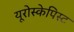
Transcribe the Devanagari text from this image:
यूरोस्केपिस्ट